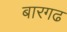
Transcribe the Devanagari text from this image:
बारगढ